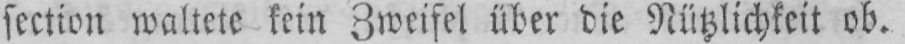
section waltete kein Zweifel über die Nützlichkeit ob.